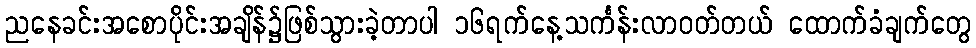
ညနေခင်းအစောပိုင်းအချိန်၌ဖြစ်သွားခဲ့တာပါ ၁၆ရက်နေ့သင်္ကန်းလာဝတ်တယ် ထောက်ခံချက်တွေ